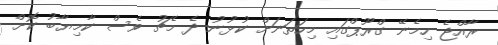
ރާއްޖެ ހިމެނޭ ގްރޫޕްގައި މިހަތަނަށް ކުޅުުނު ދެ މެޗު ވެސް ކާމިޔާބު ކޮށް